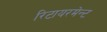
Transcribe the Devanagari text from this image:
रिटायरमेन्ट